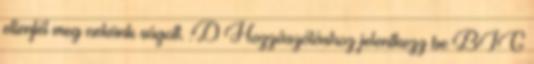
ellenfél meg nekünk súgott. :D Hozzászóláshoz jelentkezz be BIG